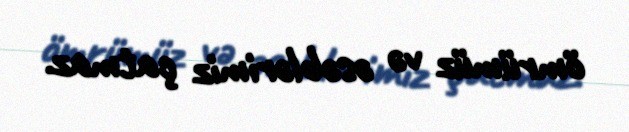
ömrümüz və əsəblərimiz çatmaz.